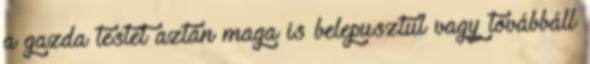
a gazda testet aztán maga is belepusztul vagy továbbáll